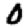
Digit: 0